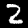
Digit: 2